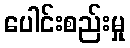
ပေါင်းစည်းမှု